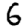
Digit: 6